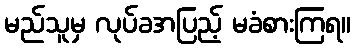
မည်သူမှ လုပ်ခအပြည့် မခံစားကြရ။